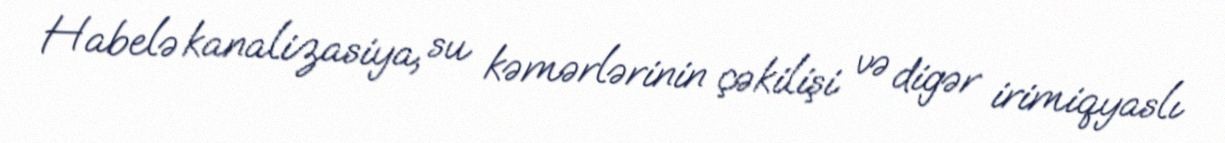
Habelə kanalizasiya, su kəmərlərinin çəkilişi və digər irimiqyaslı